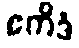
ဧကိဒံ